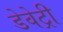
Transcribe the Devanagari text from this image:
डेवेट्री